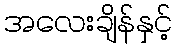
အလေးချိန်နှင့်